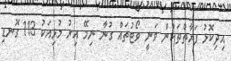
އިދިކޮޅު ފަރާތްތަކުން ވަނީ ވޯޓުތައް ގުނާ ނިމޭ އިރު މުޅިއަކު 113 ގޮނޑި